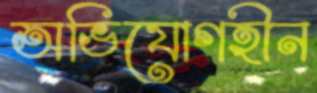
অভিযোগহীন